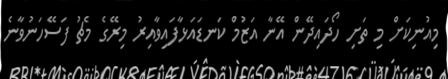
މިއުނިކަށް މި ތަށި ހޯދައިދޭން އޭނާ އަޒުމް ކަނޑައަޅާފައިވާއިރު މިރޭގެ މެޗު ފަސޭހަނުވާނެ